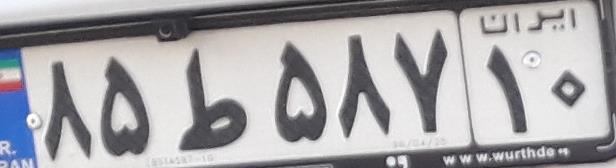
۸۵ط۵۸۷۱۰